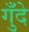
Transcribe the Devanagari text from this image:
गुँदे